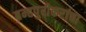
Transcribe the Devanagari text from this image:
ब्रम्हपुरीकरांचा